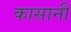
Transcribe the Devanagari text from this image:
कासानी